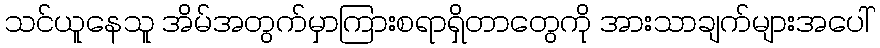
သင်ယူနေသူ အိမ်အတွက်မှာကြားစရာရှိတာတွေကို အားသာချက်များအပေါ်